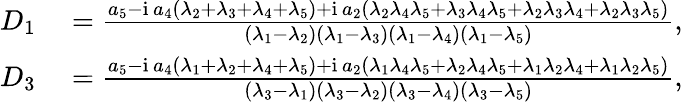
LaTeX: \begin{array}{rl}{D_{1}}&{{}=\frac{a_{5}-\mathrm{i}\, a_{4}(\lambda_{2}+\lambda_{3}+\lambda_{4}+\lambda_{5})+\mathrm{i}\, a_{2}(\lambda_{2}\lambda_{4}\lambda_{5}+\lambda_{3}\lambda_{4}\lambda_{5}+\lambda_{2}\lambda_{3}\lambda_{4}+\lambda_{2}\lambda_{3}\lambda_{5})}{(\lambda_{1}-\lambda_{2})(\lambda_{1}-\lambda_{3})(\lambda_{1}-\lambda_{4})(\lambda_{1}-\lambda_{5})},}\\ {D_{3}}&{{}=\frac{a_{5}-\mathrm{i}\, a_{4}(\lambda_{1}+\lambda_{2}+\lambda_{4}+\lambda_{5})+\mathrm{i}\, a_{2}(\lambda_{1}\lambda_{4}\lambda_{5}+\lambda_{2}\lambda_{4}\lambda_{5}+\lambda_{1}\lambda_{2}\lambda_{4}+\lambda_{1}\lambda_{2}\lambda_{5})}{(\lambda_{3}-\lambda_{1})(\lambda_{3}-\lambda_{2})(\lambda_{3}-\lambda_{4})(\lambda_{3}-\lambda_{5})},}\end{array}